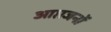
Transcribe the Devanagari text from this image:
आप्तजनों